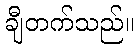
ချီတက်သည်။